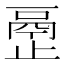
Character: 𰙴